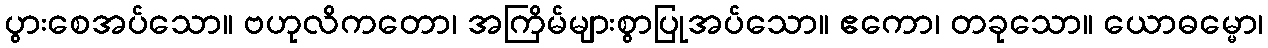
ပွားစေအပ်သော။ ဗဟုလိကတော၊ အကြိမ်များစွာပြုအပ်သော။ ဧကော၊ တခုသော။ ယောဓမ္မော၊